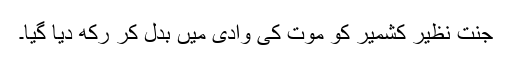
جنت نظیر کشمیر کو موت کی وادی میں بدل کر رکھ دیا گیا۔